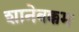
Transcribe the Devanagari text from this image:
शानेबक्कम